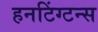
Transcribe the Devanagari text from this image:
हनटिंग्टन्स